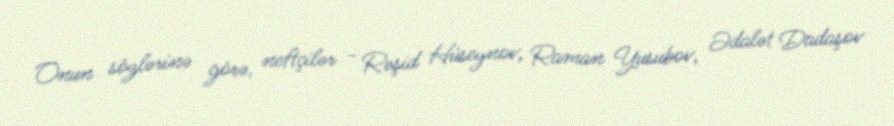
Onun sözlərinə görə, neftçilər - Rəşid Hüseynov, Raman Yusubov, Ədalət Dadaşov